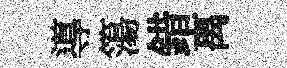
導簜錯离